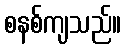
စနစ်ကျသည်။